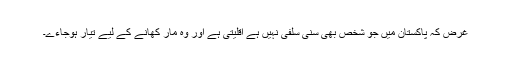
غرض کہ پاکستان میں جو شخص بھی سنی سلفی نہیں ہے اقلیتی ہے اور وہ مار کھانے کے لیے تیار ہوجاءے۔